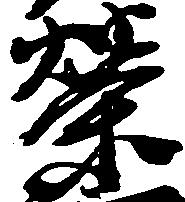
栄